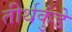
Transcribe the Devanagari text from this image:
तीर्थकुंडे